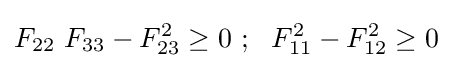
F_{22}~F_{33}-F_{23}^{2}\geq 0~;~~F_{11}^{2}-F_{12}^{2}\geq 0~